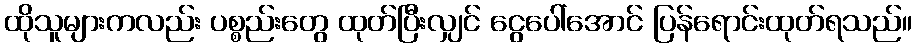
ထိုသူများကလည်း ပစ္စည်းတွေ ထုတ်ပြီးလျှင် ငွေပေါ်အောင် ပြန်ရောင်းထုတ်ရသည်။